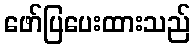
ဖော်ပြပေးထားသည်